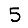
Digit: 5